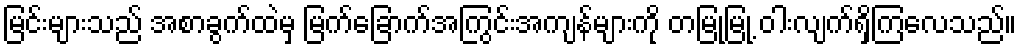
မြင်းများသည် အစာခွက်ထဲမှ မြက်ခြောက်အကြွင်းအကျန်များကို တမြုံ့မြုံ့ ဝါးလျက်ရှိကြလေသည်။